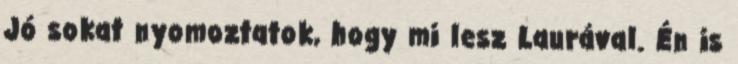
Jó sokat nyomoztatok, hogy mi lesz Laurával. Én is